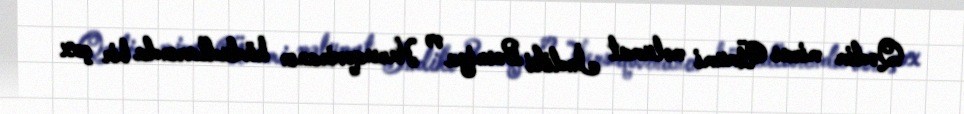
Qədim miras Ümumi məlumat İndiki Bosniya və Herseqovinanın hüdudlarında bir çox